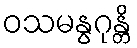
ဝသမနွဂုန္တိ